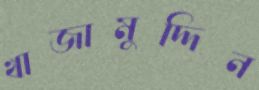
খাজামুদ্দিন